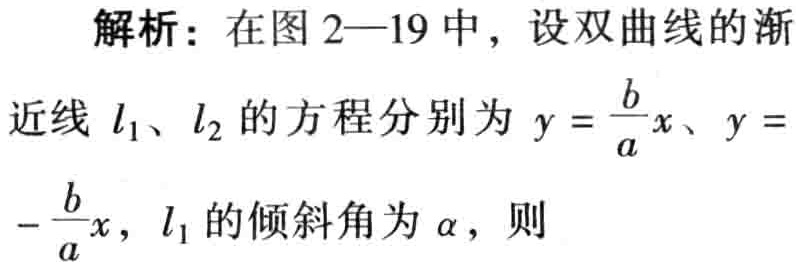
解析：在图2—19中，设双曲线的渐近线\(l_1\)、\(l_2\)的方程分别为\(y = \frac{b}{a}x\)、\(y = -\frac{b}{a}x\)，\(l_1\)的倾斜角为\(\alpha\)，则